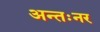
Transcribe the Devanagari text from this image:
अन्तःनर